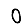
Digit: 0